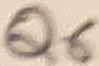
Text: Q6